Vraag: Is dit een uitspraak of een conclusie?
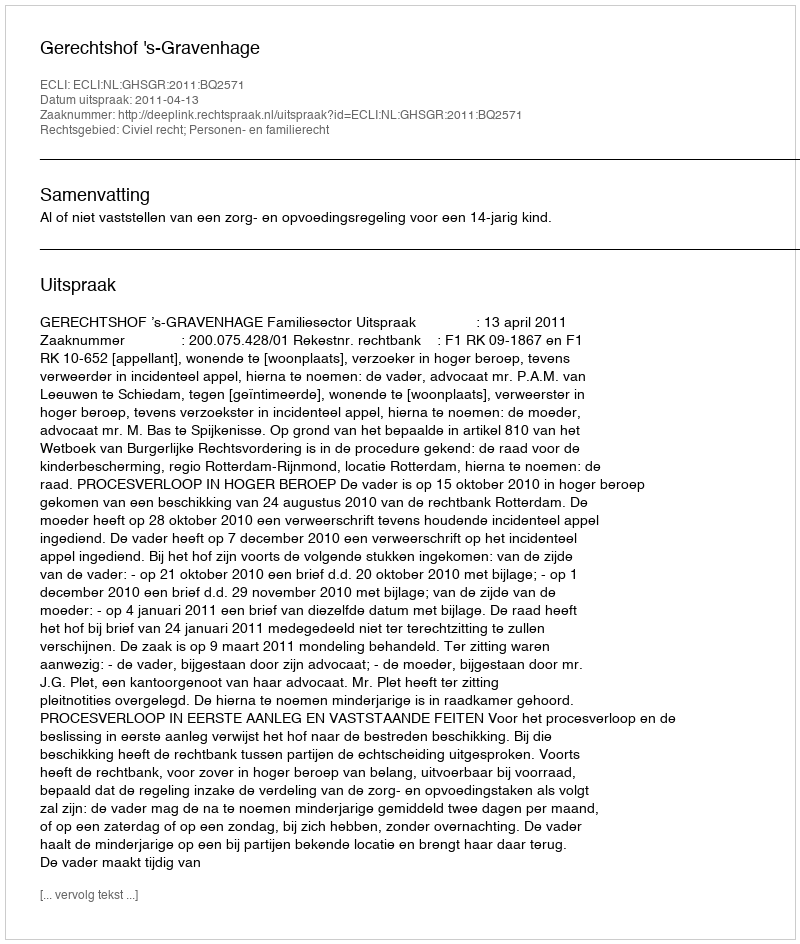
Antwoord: Uitspraak